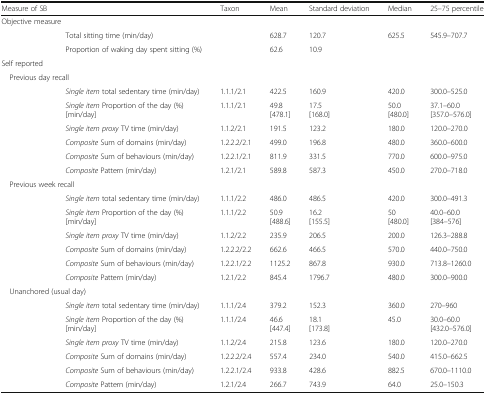
<table><thead><tr><td><b>Measure of SB</b></td><td></td><td><b>Taxon</b></td><td><b>Mean</b></td><td><b>Standard deviation</b></td><td><b>Median</b></td><td><b>25–75 percentile</b></td></tr></thead><tbody><tr><td colspan="7">Objective measure</td></tr><tr><td></td><td>Total sitting time (min/day)</td><td></td><td>628.7</td><td>120.7</td><td>625.5</td><td>545.9–707.7</td></tr><tr><td></td><td>Proportion of waking day spent sitting (%)</td><td></td><td>62.6</td><td>10.9</td><td></td><td></td></tr><tr><td colspan="7">Self reported</td></tr><tr><td colspan="7"> Previous day recall</td></tr><tr><td></td><td><i>Single item</i> total sedentary time (min/day)</td><td>1.1.1/2.1</td><td>422.5</td><td>160.9</td><td>420.0</td><td>300.0–525.0</td></tr><tr><td></td><td><i>Single item</i> Proportion of the day (%)[min/day]</td><td>1.1.1/2.1</td><td>49.8[478.1]</td><td>17.5[168.0]</td><td>50.0[480.0]</td><td>37.1–60.0[357.0–576.0]</td></tr><tr><td></td><td><i>Single item proxy</i> TV time (min/day)</td><td>1.1.2/2.1</td><td>191.5</td><td>123.2</td><td>180.0</td><td>120.0–270.0</td></tr><tr><td></td><td><i>Composite</i> Sum of domains (min/day)</td><td>1.2.2.2/2.1</td><td>499.0</td><td>196.8</td><td>480.0</td><td>360.0–600.0</td></tr><tr><td></td><td><i>Composite</i> Sum of behaviours (min/day)</td><td>1.2.2.1/2.1</td><td>811.9</td><td>331.5</td><td>770.0</td><td>600.0–975.0</td></tr><tr><td></td><td><i>Composite</i> Pattern (min/day)</td><td>1.2.1/2.1</td><td>589.8</td><td>587.3</td><td>450.0</td><td>270.0–718.0</td></tr><tr><td colspan="7"> Previous week recall</td></tr><tr><td></td><td><i>Single item</i> total sedentary time (min/day)</td><td>1.1.1/2.2</td><td>486.0</td><td>486.5</td><td>420.0</td><td>300.0–491.3</td></tr><tr><td></td><td><i>Single item</i> Proportion of the day (%)[min/day]</td><td>1.1.1/2.2</td><td>50.9[488.6]</td><td>16.2[155.5]</td><td>50[480.0]</td><td>40.0–60.0[384–576]</td></tr><tr><td></td><td><i>Single item proxy</i> TV time (min/day)</td><td>1.1.2/2.2</td><td>235.9</td><td>206.5</td><td>200.0</td><td>126.3–288.8</td></tr><tr><td></td><td><i>Composite</i> Sum of domains (min/day)</td><td>1.2.2.2/2.2</td><td>662.6</td><td>466.5</td><td>570.0</td><td>440.0–750.0</td></tr><tr><td></td><td><i>Composite</i> Sum of behaviours (min/day)</td><td>1.2.2.1/2.2</td><td>1125.2</td><td>867.8</td><td>930.0</td><td>713.8–1260.0</td></tr><tr><td></td><td><i>Composite</i> Pattern (min/day)</td><td>1.2.1/2.2</td><td>845.4</td><td>1796.7</td><td>480.0</td><td>300.0–900.0</td></tr><tr><td colspan="7"> Unanchored (usual day)</td></tr><tr><td></td><td><i>Single item</i> total sedentary time (min/day)</td><td>1.1.1/2.4</td><td>379.2</td><td>152.3</td><td>360.0</td><td>270–960</td></tr><tr><td></td><td><i>Single item</i> Proportion of the day (%)[min/day]</td><td>1.1.1/2.4</td><td>46.6[447.4]</td><td>18.1[173.8]</td><td>45.0</td><td>30.0–60.0[432.0–576.0]</td></tr><tr><td></td><td><i>Single item proxy</i> TV time (min/day)</td><td>1.1.2/2.4</td><td>215.8</td><td>123.6</td><td>180.0</td><td>120.0–270.0</td></tr><tr><td></td><td><i>Composite</i> Sum of domains (min/day)</td><td>1.2.2.2/2.4</td><td>557.4</td><td>234.0</td><td>540.0</td><td>415.0–662.5</td></tr><tr><td></td><td><i>Composite</i> Sum of behaviours (min/day)</td><td>1.2.2.1/2.4</td><td>933.8</td><td>428.6</td><td>882.5</td><td>670.0–1110.0</td></tr><tr><td></td><td><i>Composite</i> Pattern (min/day)</td><td>1.2.1/2.4</td><td>266.7</td><td>743.9</td><td>64.0</td><td>25.0–150.3</td></tr></tbody></table>